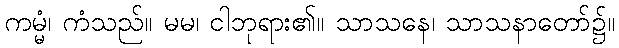
ကမ္မံ၊ ကံသည်။ မမ၊ ငါဘုရား၏။ သာသနေ၊ သာသနာတော်၌။